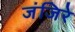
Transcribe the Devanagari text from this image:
जंजिरे